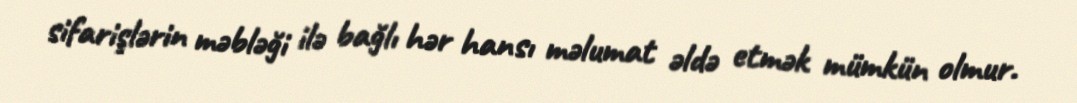
sifarişlərin məbləği ilə bağlı hər hansı məlumat əldə etmək mümkün olmur.